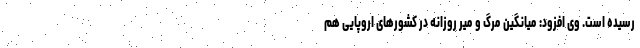
رسیده است. وی افزود: میانگین مرگ و میر روزانه در کشورهای اروپایی هم